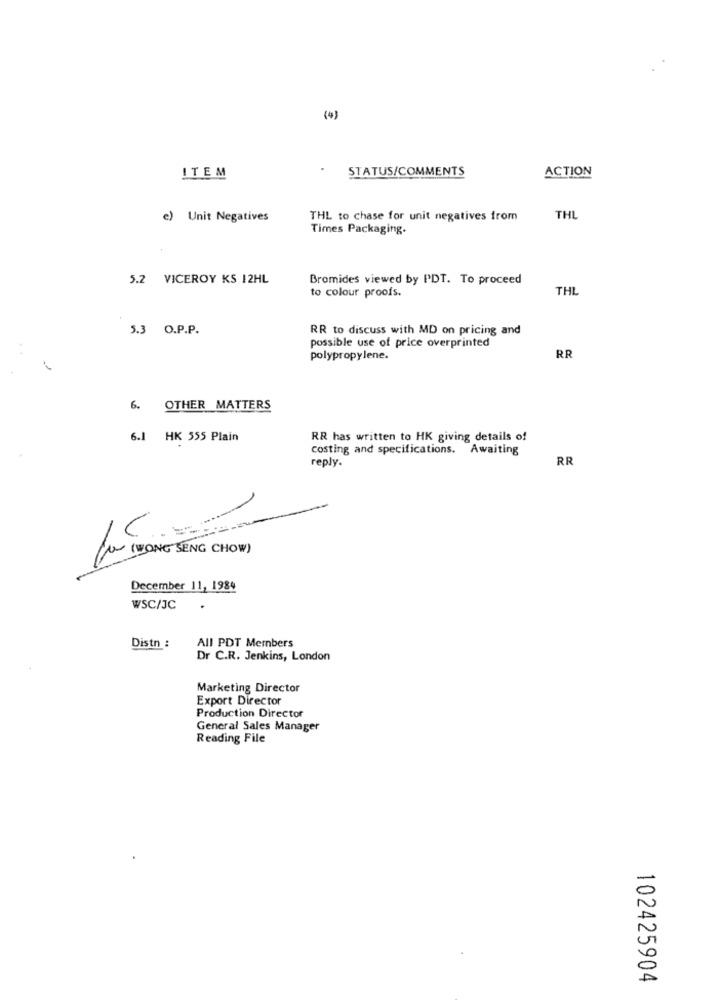
(4)
STATUS/COMMENTS
ACTION
ITEM
e) Unit Negatives
THL to chase for unit negatives from
THL
Times Packaging.
5.2 VICEROY KS 12HL
Bromides viewed by PDT. To proceed
to colour proofs.
THL
5.3 O.P.P.
RR to discuss with MD on pricing and
possible use of price overprinted
polypropylene.
RR
6. OTHER MATTERS
6.1 HK 555 Plain
RR has written to HK giving details of
costing and specifications. Awaiting
reply.
RR
(O (WONG SENG CHOW)
December 11, 1984
WSC/JC
Distn :
All PDT Members
Dr C.R. Jenkins, London
Marketing Director
Export Director
Production Director
General Sales Manager
Reading File
102425904